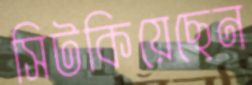
সিটকিয়েছেন